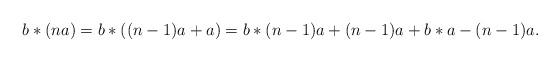
LaTeX: \begin{align*}b*(na) &=b* ((n-1)a +a)=b*(n-1)a +(n-1)a +b*a -(n-1)a. \end{align*}